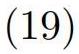
$(19)$